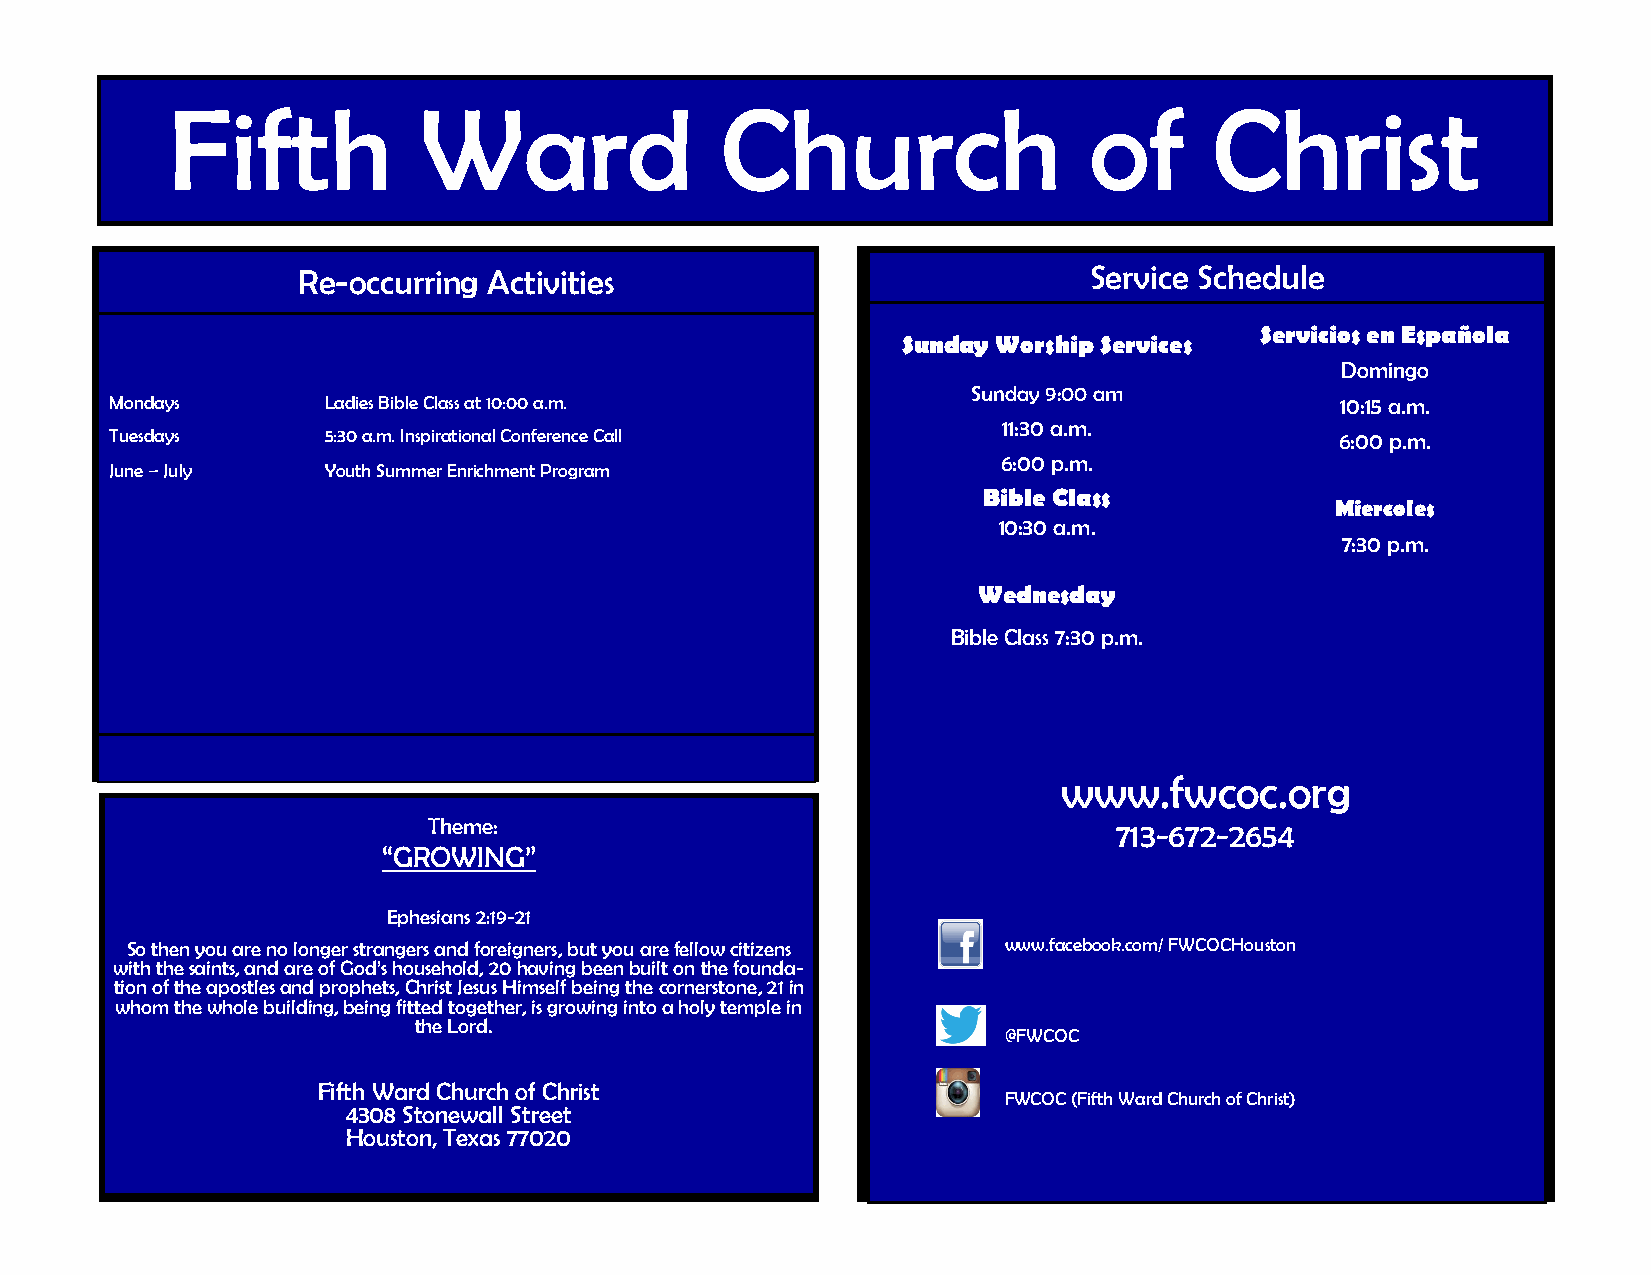
Fifth            Ward                Church                  of      Christ
 Re-occurring Activities                             Service Schedule
 Servicios en Española
 Sunday Worship Services
 Domingo
 Sunday 9:00 am
 Mondays        Ladies Bible Class at 10:00 a.m.                                   10:15 a.m.
 11:30 a.m.
 Tuesdays       5:30 a.m. Inspirational Conference Call                            6:00 p.m.
 6:00 p.m.
 June – July    Youth Summer Enrichment Program
 Bible Class
 Miercoles
 10:30 a.m.
 7:30 p.m.
 Wednesday
 Bible Class 7:30 p.m.
 www.fwcoc.org
 Webwsitew - w .fwcoc.org
 Theme:                                        713-672-2654
 Television
 “GROWING”
 Public Access Cable
 (See local listings)
 Ephesians 2:19-21
 So then you are no longer strangers and foreigners, but you are fellow citizens www.facPerbaoyoke.rc oLmin/ eF W -C O7 1C3H-o6u7s2to-n2 6 54
 with the saints, and are of God’s household, 20 having been built on the founda-
 tion of the apostles and prophets, Christ Jesus Himself being the cornerstone, 21 in
 whom the whole building, being fitted together, is growing into a holy temple in
 the Lord.
 @FWCOC
 Fifth Ward Church of Christ                  www.facebook.com/ FWCOCHouston
 FWCOC (Fifth Ward Church of Christ)
 4308 Stonewall Street
 Houston, Texas 77020                       @FWCOC
 F WCOC (Fifth Ward Church of Christ)